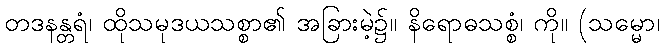
တဒနန္တရံ၊ ထိုသမုဒယသစ္စာ၏ အခြားမဲ့၌။ နိရောဓသစ္စံ၊ ကို။ (သမ္မော၊